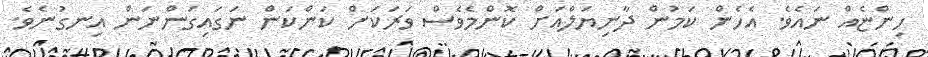
ހިންޏެއް ނައެވެ. އެހެން ކަމުން ދާނިޔަލްއަށް ކޮންމެވެސް ވަރަކަށް ކަންކަން ނަގައިގަންނަން އިނގުނެވެ.